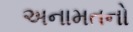
અનામતનો